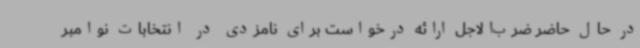
در حال حاضر ضرب‌الاجل ارائه درخواست برای نامزدی در انتخابات نوامبر